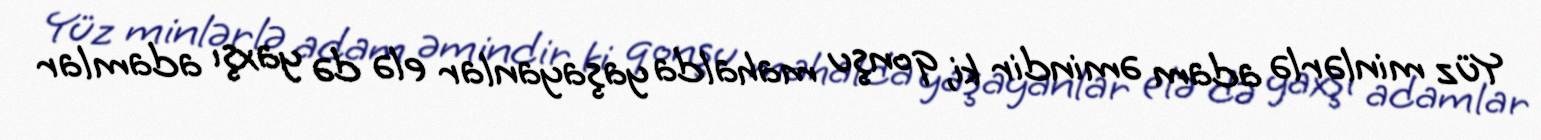
Yüz minlərlə adam əmindir ki, qonşu mahalda yaşayanlar elə də yaxşı adamlar